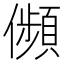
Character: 𠐺